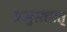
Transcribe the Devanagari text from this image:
प्रभुसत्तात्